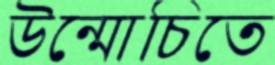
উন্মোচিতে